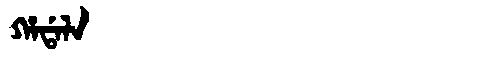
Manchu: ᡥᠠᡩᠠᠯᠠ
Romanization: HADALA